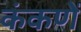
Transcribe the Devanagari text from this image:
कंकणें